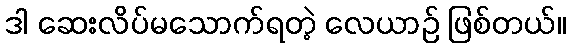
ဒါ ဆေးလိပ်မသောက်ရတဲ့ လေယာဉ် ဖြစ်တယ်။